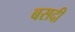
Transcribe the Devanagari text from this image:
बसदी